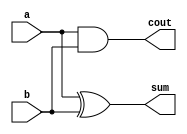
`timescale 1ns / 1ps
//////////////////////////////////////////////////////////////////////////////////
// Company: 
// Engineer: 
// 
// Design Name: 
// Module Name:    ha 
// Project Name: 
// Target Devices: 
// Tool versions: 
// Description: 
//
// Dependencies: 
//
// Revision: 
// Revision 0.01 - File Created
// Additional Comments: 
//
//////////////////////////////////////////////////////////////////////////////////
module ha(
  input a,b,
  output sum,cout
    );
assign sum = a^b;
assign cout = a&b;
endmodule